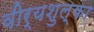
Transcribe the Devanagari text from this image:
वीर्यशुल्का